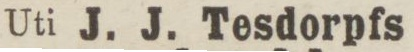
Uti J. J. Tesdorpfs